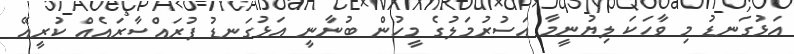
އަޅުގަނޑު މި ވާހަކަ ލިޔުނީމާ އަސުރުމަލުގެ މީހުން ބުނާނީ އަޅުގަނޑު ފުރައްސާރައެއް ކުރީއޭ